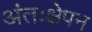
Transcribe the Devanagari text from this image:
अंतःक्षेपन